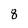
Character: 8